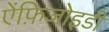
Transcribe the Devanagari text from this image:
ऐंफ़िजोइडी